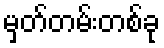
မှတ်တမ်းတစ်ခု